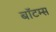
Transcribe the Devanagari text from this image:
बॉटम्स